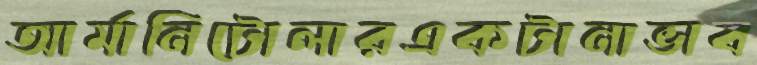
আর্মানিটোলারএকটানাভাব